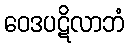
ဝေဒပဋိလာဘံ